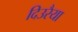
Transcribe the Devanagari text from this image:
दिउरैया